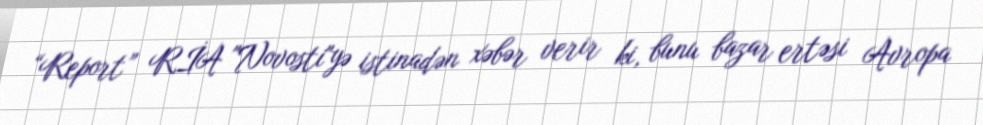
“Report” RİA "Novosti"yə istinadən xəbər verir ki, bunu bazar ertəsi Avropa